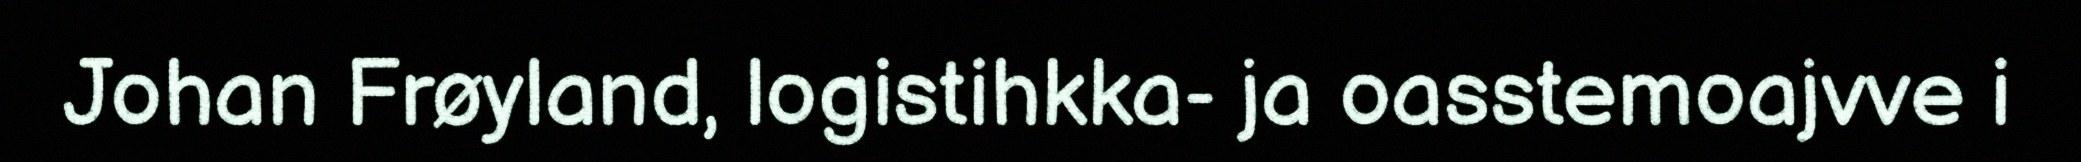
Johan Frøyland, logistihkka- ja oasstemoajvve i